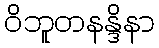
ဝိဘူတနန္ဒိနာ